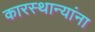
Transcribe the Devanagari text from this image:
कारस्थान्यांना